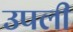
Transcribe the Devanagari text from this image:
उपली